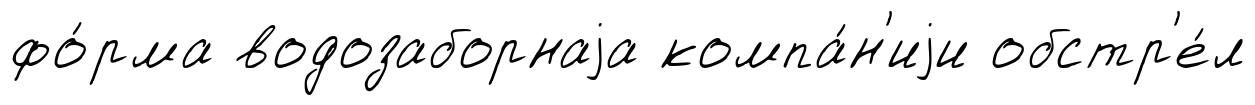
фо́рма водозаборнаjа компа́н'иjи обстр'е́л